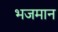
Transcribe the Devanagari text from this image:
भजमान